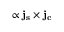
{ \bf { \sigma } } \propto { \bf { { j } } } _ { \bf { { s } } } \times { \bf { { j } } } _ { \bf { { c } } }